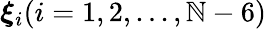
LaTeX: \boldsymbol{\xi}_{i}(i=1,2,...,\mathbb{N}-6)